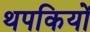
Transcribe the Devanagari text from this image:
थपकियों